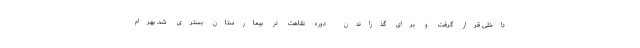
داخلی قرار گرفت و برای گذراندن دوره نقاهت در بیمارستان بستری شد. بهرام